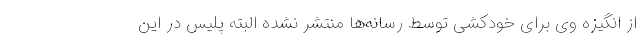
از انگیزه وی برای خودکشی توسط رسانه‌ها منتشر نشده البته پلیس در این